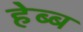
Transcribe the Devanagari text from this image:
हेब्ब